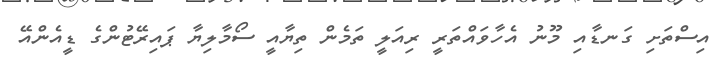
އިސްތަށި ގަނޑާއި މޫނު އެހާވައްތަރީ ރިއަލީ ތަމެން ތިޔާއީ ސޯމާލިޔާ ޕައިރޭޓުންގެ ޑީއެންއޭ